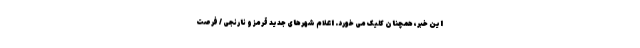
این خبر، همچنان کلیک می خورد. اعلام شهر‌های جدید قرمز و نارنجی / فرصت